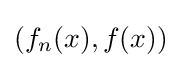
(f_{n}(x),f(x))